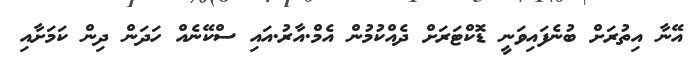
އޭނާ އިތުރަށް ބުނެފައިވަނީ ޑޮކްޓަރަށް ދެއްކުމުން އެމް.އާރު.އައި ސްކޭނެއް ހަދަން ދިން ކަމަށާއި